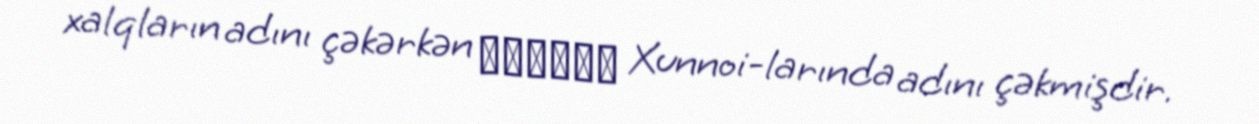
xalqların adını çəkərkən Χοῦνοι Xunnoi-larında adını çəkmişdir.